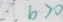
\therefore b > 0